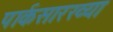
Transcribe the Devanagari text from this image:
पार्कसारख्या